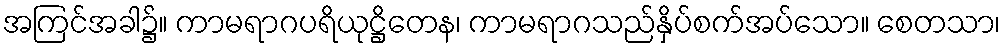
အကြင်အခါ၌။ ကာမရာဂပရိယုဋ္ဌိတေန၊ ကာမရာဂသည်နှိပ်စက်အပ်သော။ စေတသာ၊